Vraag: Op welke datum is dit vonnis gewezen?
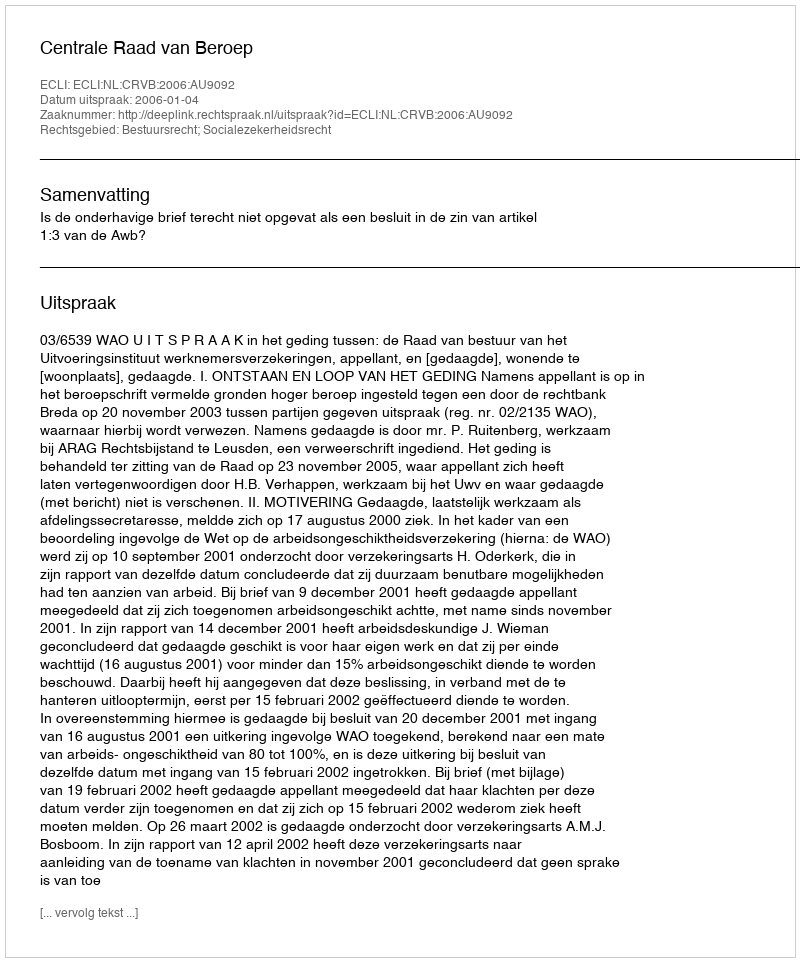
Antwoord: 2006-01-04